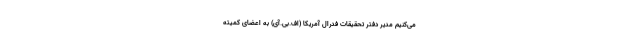
می‌کنیم مدیر دفتر تحقیقات فدرال آمریکا (اف.بی.آی) به اعضای کمیته